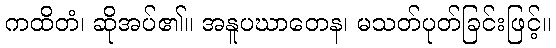
ကထိတံ၊ ဆိုအပ်၏။ အနူပဃာတေန၊ မသတ်ပုတ်ခြင်းဖြင့်။